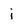
Character: j